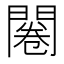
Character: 闂